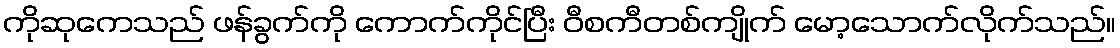
ကိုဆုကေသည် ဖန်ခွက်ကို ကောက်ကိုင်ပြီး ဝီစကီတစ်ကျိုက် မော့သောက်လိုက်သည်။